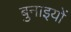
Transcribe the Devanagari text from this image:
बुनाइयों